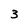
Character: 3